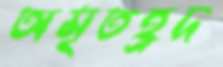
অমৃতহ্রদ